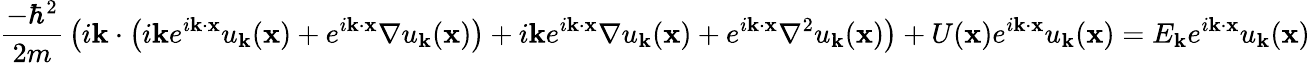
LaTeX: {\frac{-\hbar^{2}}{2m}}\left(i\mathbf{k}\cdot\left(i\mathbf{k}e^{i\mathbf{k}\cdot\mathbf{x}}u_{\mathbf{k}}(\mathbf{x})+e^{i\mathbf{k}\cdot\mathbf{x}}\nabla u_{\mathbf{k}}(\mathbf{x})\right)+i\mathbf{k}e^{i\mathbf{k}\cdot\mathbf{x}}\nabla u_{\mathbf{k}}(\mathbf{x})+e^{i\mathbf{k}\cdot\mathbf{x}}\nabla^{2}u_{\mathbf{k}}(\mathbf{x})\right)+U(\mathbf{x})e^{i\mathbf{k}\cdot\mathbf{x}}u_{\mathbf{k}}(\mathbf{x})=E_{\mathbf{k}}e^{i\mathbf{k}\cdot\mathbf{x}}u_{\mathbf{k}}(\mathbf{x})